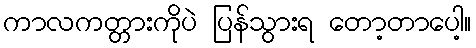
ကာလကတ္တားကိုပဲ ပြန်သွားရ တော့တာပေါ့။